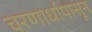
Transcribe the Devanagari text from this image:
चरणार्धापासून